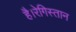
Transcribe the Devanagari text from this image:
है।रेगिस्तान